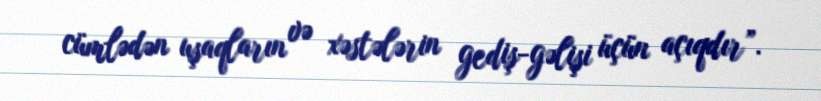
cümlədən uşaqların və xəstələrin gediş-gəlişi üçün açıqdır”.